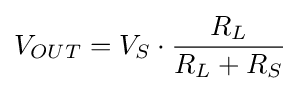
V_{OUT}=V_{S}\cdot {\frac {R_{L}}{R_{L}+R_{S}}}